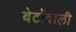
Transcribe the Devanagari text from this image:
बेटोंवाली